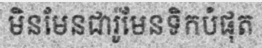
មិនមែនជារ៉ូមែនទិកបំផុត